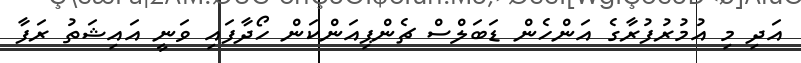
އަދި މި އުމުރުފުރާގެ އަންހެން ޑަބަލްސް ޗެންޕިއަންކަން ހޯދާފައި ވަނީ އައިޝަތު ރަފާ